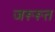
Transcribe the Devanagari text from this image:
जरूरूत